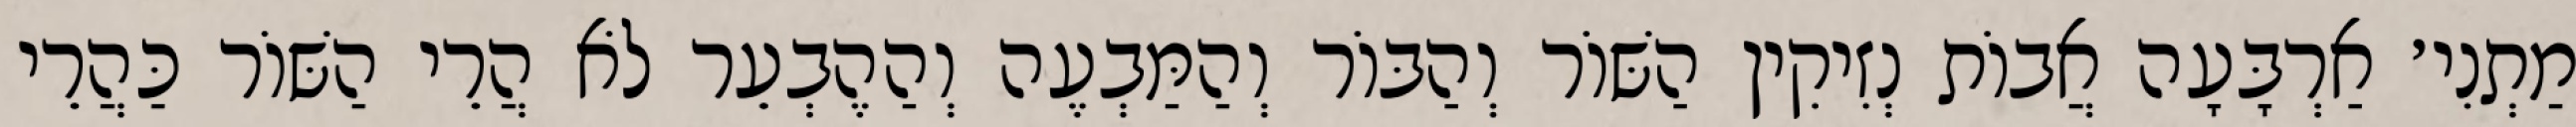
מַתְנִי׳ אַרְבָּעָה אֲבוֹת נְזִיקִין הַשּׁוֹר וְהַבּוֹר וְהַמַּבְעֶה וְהַהֶבְעֵר לֹא הֲרֵי הַשּׁוֹר כַּהֲרֵי